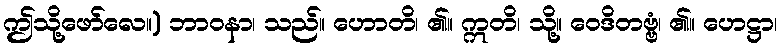
ဤသို့ဖော်လေ။) ဘာဝနာ၊ သည်။ ဟောတိ၊ ၏။ ဣတိ၊ သို့။ ဝေဒိတဗ္ဗံ၊ ၏။ ဟေဋ္ဌာ၊